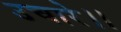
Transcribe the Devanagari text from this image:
उचारे।।